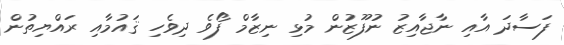
ފަސާދަ އާއި ނާޖާއިޒު ނުފޫޒުން މުޅި ނިޒާމް ފޯވެ ދިވެހި ޤައުމާއި ރައްޔިތުން